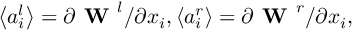
\left\langle a _ { i } ^ { l } \right\rangle = \partial \textbf { W } ^ { l } / \partial x _ { i } , \left\langle a _ { i } ^ { r } \right\rangle = \partial \textbf { W } ^ { r } / \partial x _ { i } ,